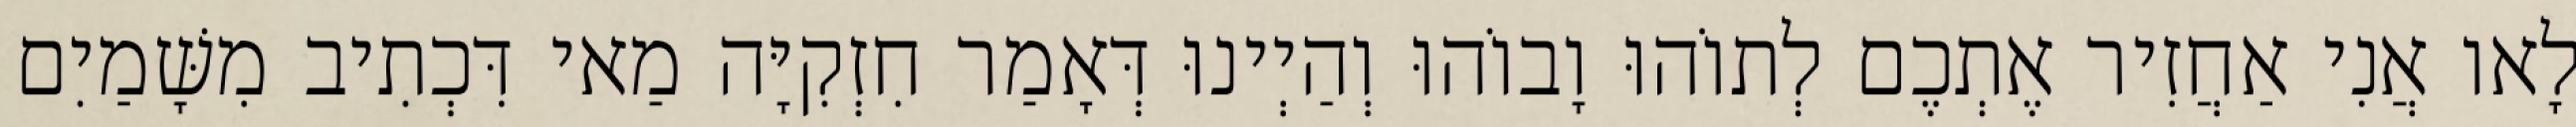
לָאו אֲנִי אַחֲזִיר אֶתְכֶם לְתוֹהוּ וָבוֹהוּ וְהַיְינוּ דְּאָמַר חִזְקִיָּה מַאי דִּכְתִיב מִשָּׁמַיִם